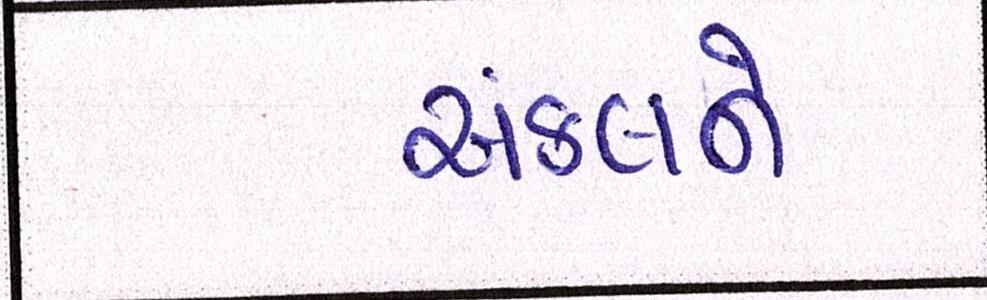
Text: અંકલને